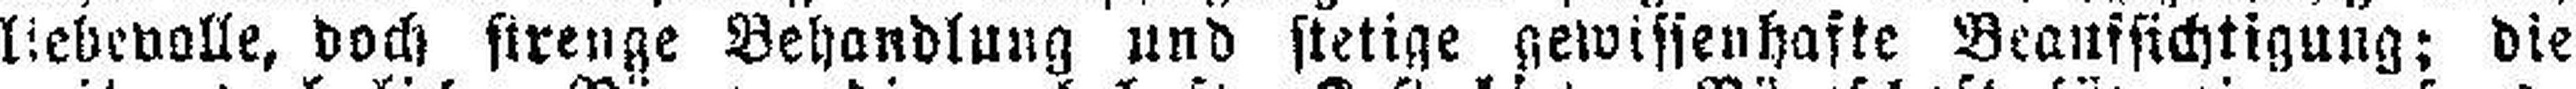
liebevolle, doch strenge Behandlung und stetige gewissenhafte Beanssichtigung; die